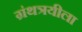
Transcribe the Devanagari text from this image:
ग्रंथत्रयीला